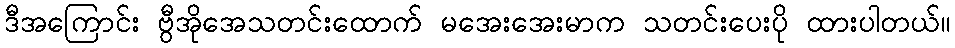
ဒီအကြောင်း ဗွီအိုအေသတင်းထောက် မအေးအေးမာက သတင်းပေးပို ထားပါတယ်။